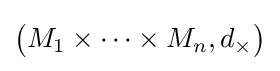
{\bigl (}M_{1}\times \cdots \times M_{n},d_{\times }{\bigr )}